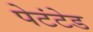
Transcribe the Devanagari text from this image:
पेटंटेड